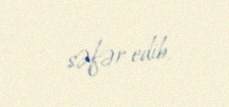
səfər edib.